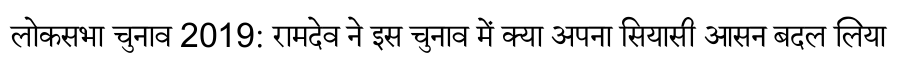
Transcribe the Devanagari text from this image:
लोकसभा चुनाव 2019: रामदेव ने इस चुनाव में क्या अपना सियासी आसन बदल लिया